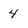
Character: 4